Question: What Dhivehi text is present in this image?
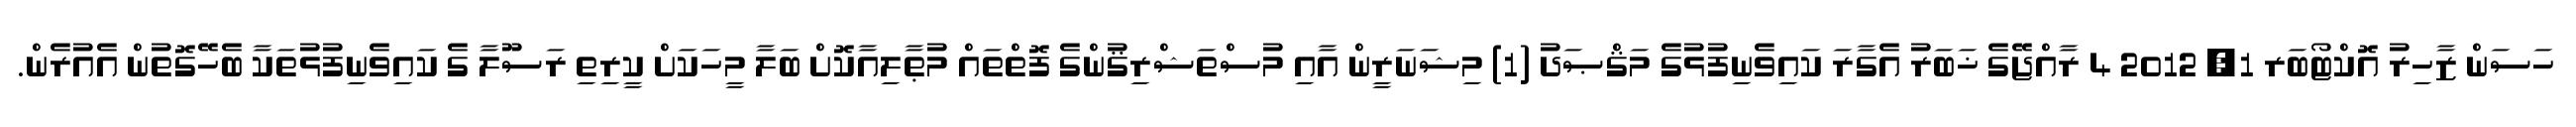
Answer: ހަސަން ޒާހިރު އޮކްޓޯބަރ 1, 2012 4 ރާއްޖޭގެ ޚަބަރު އެގާރަ ކައިވެނިފުޅުގެ މަޤްޞަދު (1) މިޝަނަރީން އާއި މުސްތަޝްރިޤުންގެ ފޮތްތައް މުޠާލިއާކޮށް ބަލާ މީހަކަށް ކީރިތި ރަސޫލާ ގެ ކައިވެނިފުޅުތަކާ ބެހޭގޮތުން އެއުރެން.